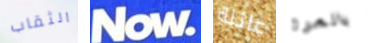
الثقاب Now عائلة بالمرة